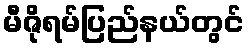
မီဇိုရမ်ပြည်နယ်တွင်